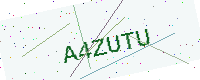
Text: A4ZUTU